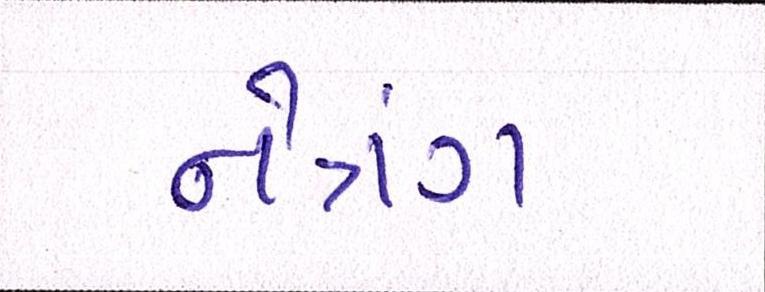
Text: નેત્રંગ